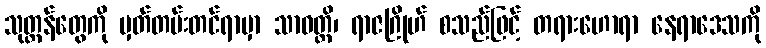
သုတ္တန်တွေကို မှတ်တမ်းတင်ရာမှာ သာဝတ္ထိ၊ ရာဇဂြိုဟ် စသည်ဖြင့် တရားဟောရာ နေရာဒေသကို